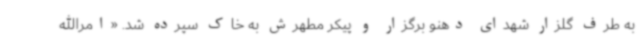
به طرف گلزار شهدای دهنو برگزار و پیکر مطهرش به خاک سپرده شد. «امرالله